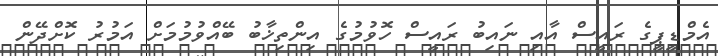
އެމްޑީޕީގެ ރައީސް އާއި ނައިބު ރައީސް ހޮވުމުގެ އިންތިޚާބު ބޭއްވުމުމަށް އަމުރު ކޮށްދޭން